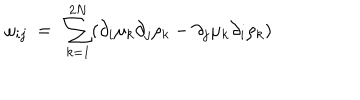
\omega _ { i j } \ = \ \sum _ { k = 1 } ^ { 2 N } ( \partial _ { i } \mu _ { k } \partial _ { j } \rho _ { k } - \partial _ { j } \mu _ { k } \partial _ { i } \rho _ { k } )